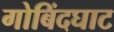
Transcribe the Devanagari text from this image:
गोबिंदघाट